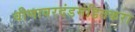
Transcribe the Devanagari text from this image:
वीणावरदंडमंडितकरा